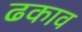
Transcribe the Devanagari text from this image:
ढकाव